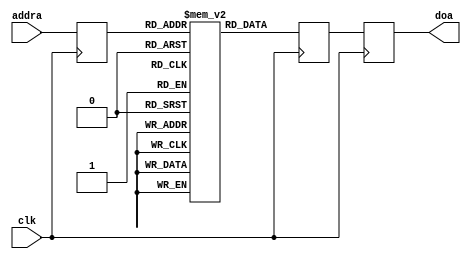

//     Licensed to the Apache Software Foundation (ASF) under one
// or more contributor license agreements.  See the NOTICE file
// distributed with this work for additional information
// regarding copyright ownership.  The ASF licenses this file
// to you under the Apache License, Version 2.0 (the
// "License"); you may not use this file except in compliance
// with the License.  You may obtain a copy of the License at
// 
//   http://www.apache.org/licenses/LICENSE-2.0
// 
// Unless required by applicable law or agreed to in writing,
// software distributed under the License is distributed on an
// "AS IS" BASIS, WITHOUT WARRANTIES OR CONDITIONS OF ANY
// KIND, either express or implied.  See the License for the
// specific language governing permissions and limitations
// under the License.  


/*****************************************************************************/
//
// Description : Implements a single port RAM with block ram. The ram is a fully
//               pipelined implementation -- 3 clock cycles from new read address
//               to new data                                                     
//
//
/*****************************************************************************/


module cic_M256_N1_R1_iw5_0_correction_sp_rom
(
  input clk, 

  input [8:0] addra,
  output [12:0] doa
);

(* rom_style = "block" *) reg [12:0] rom [511:0];
reg [8:0] addra_d;
reg [12:0] doa_d;
reg [12:0] rom_pipea;

assign doa = doa_d;

initial
begin
    rom[0] = 13'b0000100000000;
    rom[1] = 13'b0000100000000;
    rom[2] = 13'b0000010000000;
    rom[3] = 13'b0000001010101;
    rom[4] = 13'b0000001000000;
    rom[5] = 13'b0000000110011;
    rom[6] = 13'b0000000101011;
    rom[7] = 13'b0000000100101;
    rom[8] = 13'b0000000100000;
    rom[9] = 13'b0000000011100;
    rom[10] = 13'b0000000011010;
    rom[11] = 13'b0000000010111;
    rom[12] = 13'b0000000010101;
    rom[13] = 13'b0000000010100;
    rom[14] = 13'b0000000010010;
    rom[15] = 13'b0000000010001;
    rom[16] = 13'b0000000010000;
    rom[17] = 13'b0000000001111;
    rom[18] = 13'b0000000001110;
    rom[19] = 13'b0000000001101;
    rom[20] = 13'b0000000001101;
    rom[21] = 13'b0000000001100;
    rom[22] = 13'b0000000001100;
    rom[23] = 13'b0000000001011;
    rom[24] = 13'b0000000001011;
    rom[25] = 13'b0000000001010;
    rom[26] = 13'b0000000001010;
    rom[27] = 13'b0000000001001;
    rom[28] = 13'b0000000001001;
    rom[29] = 13'b0000000001001;
    rom[30] = 13'b0000000001001;
    rom[31] = 13'b0000000001000;
    rom[32] = 13'b0000000001000;
    rom[33] = 13'b0000000001000;
    rom[34] = 13'b0000000001000;
    rom[35] = 13'b0000000000111;
    rom[36] = 13'b0000000000111;
    rom[37] = 13'b0000000000111;
    rom[38] = 13'b0000000000111;
    rom[39] = 13'b0000000000111;
    rom[40] = 13'b0000000000110;
    rom[41] = 13'b0000000000110;
    rom[42] = 13'b0000000000110;
    rom[43] = 13'b0000000000110;
    rom[44] = 13'b0000000000110;
    rom[45] = 13'b0000000000110;
    rom[46] = 13'b0000000000110;
    rom[47] = 13'b0000000000101;
    rom[48] = 13'b0000000000101;
    rom[49] = 13'b0000000000101;
    rom[50] = 13'b0000000000101;
    rom[51] = 13'b0000000000101;
    rom[52] = 13'b0000000000101;
    rom[53] = 13'b0000000000101;
    rom[54] = 13'b0000000000101;
    rom[55] = 13'b0000000000101;
    rom[56] = 13'b0000000000101;
    rom[57] = 13'b0000000000100;
    rom[58] = 13'b0000000000100;
    rom[59] = 13'b0000000000100;
    rom[60] = 13'b0000000000100;
    rom[61] = 13'b0000000000100;
    rom[62] = 13'b0000000000100;
    rom[63] = 13'b0000000000100;
    rom[64] = 13'b0000000000100;
    rom[65] = 13'b0000000000100;
    rom[66] = 13'b0000000000100;
    rom[67] = 13'b0000000000100;
    rom[68] = 13'b0000000000100;
    rom[69] = 13'b0000000000100;
    rom[70] = 13'b0000000000100;
    rom[71] = 13'b0000000000100;
    rom[72] = 13'b0000000000100;
    rom[73] = 13'b0000000000100;
    rom[74] = 13'b0000000000011;
    rom[75] = 13'b0000000000011;
    rom[76] = 13'b0000000000011;
    rom[77] = 13'b0000000000011;
    rom[78] = 13'b0000000000011;
    rom[79] = 13'b0000000000011;
    rom[80] = 13'b0000000000011;
    rom[81] = 13'b0000000000011;
    rom[82] = 13'b0000000000011;
    rom[83] = 13'b0000000000011;
    rom[84] = 13'b0000000000011;
    rom[85] = 13'b0000000000011;
    rom[86] = 13'b0000000000011;
    rom[87] = 13'b0000000000011;
    rom[88] = 13'b0000000000011;
    rom[89] = 13'b0000000000011;
    rom[90] = 13'b0000000000011;
    rom[91] = 13'b0000000000011;
    rom[92] = 13'b0000000000011;
    rom[93] = 13'b0000000000011;
    rom[94] = 13'b0000000000011;
    rom[95] = 13'b0000000000011;
    rom[96] = 13'b0000000000011;
    rom[97] = 13'b0000000000011;
    rom[98] = 13'b0000000000011;
    rom[99] = 13'b0000000000011;
    rom[100] = 13'b0000000000011;
    rom[101] = 13'b0000000000011;
    rom[102] = 13'b0000000000011;
    rom[103] = 13'b0000000000010;
    rom[104] = 13'b0000000000010;
    rom[105] = 13'b0000000000010;
    rom[106] = 13'b0000000000010;
    rom[107] = 13'b0000000000010;
    rom[108] = 13'b0000000000010;
    rom[109] = 13'b0000000000010;
    rom[110] = 13'b0000000000010;
    rom[111] = 13'b0000000000010;
    rom[112] = 13'b0000000000010;
    rom[113] = 13'b0000000000010;
    rom[114] = 13'b0000000000010;
    rom[115] = 13'b0000000000010;
    rom[116] = 13'b0000000000010;
    rom[117] = 13'b0000000000010;
    rom[118] = 13'b0000000000010;
    rom[119] = 13'b0000000000010;
    rom[120] = 13'b0000000000010;
    rom[121] = 13'b0000000000010;
    rom[122] = 13'b0000000000010;
    rom[123] = 13'b0000000000010;
    rom[124] = 13'b0000000000010;
    rom[125] = 13'b0000000000010;
    rom[126] = 13'b0000000000010;
    rom[127] = 13'b0000000000010;
    rom[128] = 13'b0000000000010;
    rom[129] = 13'b0000000000010;
    rom[130] = 13'b0000000000010;
    rom[131] = 13'b0000000000010;
    rom[132] = 13'b0000000000010;
    rom[133] = 13'b0000000000010;
    rom[134] = 13'b0000000000010;
    rom[135] = 13'b0000000000010;
    rom[136] = 13'b0000000000010;
    rom[137] = 13'b0000000000010;
    rom[138] = 13'b0000000000010;
    rom[139] = 13'b0000000000010;
    rom[140] = 13'b0000000000010;
    rom[141] = 13'b0000000000010;
    rom[142] = 13'b0000000000010;
    rom[143] = 13'b0000000000010;
    rom[144] = 13'b0000000000010;
    rom[145] = 13'b0000000000010;
    rom[146] = 13'b0000000000010;
    rom[147] = 13'b0000000000010;
    rom[148] = 13'b0000000000010;
    rom[149] = 13'b0000000000010;
    rom[150] = 13'b0000000000010;
    rom[151] = 13'b0000000000010;
    rom[152] = 13'b0000000000010;
    rom[153] = 13'b0000000000010;
    rom[154] = 13'b0000000000010;
    rom[155] = 13'b0000000000010;
    rom[156] = 13'b0000000000010;
    rom[157] = 13'b0000000000010;
    rom[158] = 13'b0000000000010;
    rom[159] = 13'b0000000000010;
    rom[160] = 13'b0000000000010;
    rom[161] = 13'b0000000000010;
    rom[162] = 13'b0000000000010;
    rom[163] = 13'b0000000000010;
    rom[164] = 13'b0000000000010;
    rom[165] = 13'b0000000000010;
    rom[166] = 13'b0000000000010;
    rom[167] = 13'b0000000000010;
    rom[168] = 13'b0000000000010;
    rom[169] = 13'b0000000000010;
    rom[170] = 13'b0000000000010;
    rom[171] = 13'b0000000000001;
    rom[172] = 13'b0000000000001;
    rom[173] = 13'b0000000000001;
    rom[174] = 13'b0000000000001;
    rom[175] = 13'b0000000000001;
    rom[176] = 13'b0000000000001;
    rom[177] = 13'b0000000000001;
    rom[178] = 13'b0000000000001;
    rom[179] = 13'b0000000000001;
    rom[180] = 13'b0000000000001;
    rom[181] = 13'b0000000000001;
    rom[182] = 13'b0000000000001;
    rom[183] = 13'b0000000000001;
    rom[184] = 13'b0000000000001;
    rom[185] = 13'b0000000000001;
    rom[186] = 13'b0000000000001;
    rom[187] = 13'b0000000000001;
    rom[188] = 13'b0000000000001;
    rom[189] = 13'b0000000000001;
    rom[190] = 13'b0000000000001;
    rom[191] = 13'b0000000000001;
    rom[192] = 13'b0000000000001;
    rom[193] = 13'b0000000000001;
    rom[194] = 13'b0000000000001;
    rom[195] = 13'b0000000000001;
    rom[196] = 13'b0000000000001;
    rom[197] = 13'b0000000000001;
    rom[198] = 13'b0000000000001;
    rom[199] = 13'b0000000000001;
    rom[200] = 13'b0000000000001;
    rom[201] = 13'b0000000000001;
    rom[202] = 13'b0000000000001;
    rom[203] = 13'b0000000000001;
    rom[204] = 13'b0000000000001;
    rom[205] = 13'b0000000000001;
    rom[206] = 13'b0000000000001;
    rom[207] = 13'b0000000000001;
    rom[208] = 13'b0000000000001;
    rom[209] = 13'b0000000000001;
    rom[210] = 13'b0000000000001;
    rom[211] = 13'b0000000000001;
    rom[212] = 13'b0000000000001;
    rom[213] = 13'b0000000000001;
    rom[214] = 13'b0000000000001;
    rom[215] = 13'b0000000000001;
    rom[216] = 13'b0000000000001;
    rom[217] = 13'b0000000000001;
    rom[218] = 13'b0000000000001;
    rom[219] = 13'b0000000000001;
    rom[220] = 13'b0000000000001;
    rom[221] = 13'b0000000000001;
    rom[222] = 13'b0000000000001;
    rom[223] = 13'b0000000000001;
    rom[224] = 13'b0000000000001;
    rom[225] = 13'b0000000000001;
    rom[226] = 13'b0000000000001;
    rom[227] = 13'b0000000000001;
    rom[228] = 13'b0000000000001;
    rom[229] = 13'b0000000000001;
    rom[230] = 13'b0000000000001;
    rom[231] = 13'b0000000000001;
    rom[232] = 13'b0000000000001;
    rom[233] = 13'b0000000000001;
    rom[234] = 13'b0000000000001;
    rom[235] = 13'b0000000000001;
    rom[236] = 13'b0000000000001;
    rom[237] = 13'b0000000000001;
    rom[238] = 13'b0000000000001;
    rom[239] = 13'b0000000000001;
    rom[240] = 13'b0000000000001;
    rom[241] = 13'b0000000000001;
    rom[242] = 13'b0000000000001;
    rom[243] = 13'b0000000000001;
    rom[244] = 13'b0000000000001;
    rom[245] = 13'b0000000000001;
    rom[246] = 13'b0000000000001;
    rom[247] = 13'b0000000000001;
    rom[248] = 13'b0000000000001;
    rom[249] = 13'b0000000000001;
    rom[250] = 13'b0000000000001;
    rom[251] = 13'b0000000000001;
    rom[252] = 13'b0000000000001;
    rom[253] = 13'b0000000000001;
    rom[254] = 13'b0000000000001;
    rom[255] = 13'b0000000000001;
    rom[256] = 13'b0000000000001;
    rom[257] = 13'b0000000000000;
    rom[258] = 13'b0000000000000;
    rom[259] = 13'b0000000000000;
    rom[260] = 13'b0000000000000;
    rom[261] = 13'b0000000000000;
    rom[262] = 13'b0000000000000;
    rom[263] = 13'b0000000000000;
    rom[264] = 13'b0000000000000;
    rom[265] = 13'b0000000000000;
    rom[266] = 13'b0000000000000;
    rom[267] = 13'b0000000000000;
    rom[268] = 13'b0000000000000;
    rom[269] = 13'b0000000000000;
    rom[270] = 13'b0000000000000;
    rom[271] = 13'b0000000000000;
    rom[272] = 13'b0000000000000;
    rom[273] = 13'b0000000000000;
    rom[274] = 13'b0000000000000;
    rom[275] = 13'b0000000000000;
    rom[276] = 13'b0000000000000;
    rom[277] = 13'b0000000000000;
    rom[278] = 13'b0000000000000;
    rom[279] = 13'b0000000000000;
    rom[280] = 13'b0000000000000;
    rom[281] = 13'b0000000000000;
    rom[282] = 13'b0000000000000;
    rom[283] = 13'b0000000000000;
    rom[284] = 13'b0000000000000;
    rom[285] = 13'b0000000000000;
    rom[286] = 13'b0000000000000;
    rom[287] = 13'b0000000000000;
    rom[288] = 13'b0000000000000;
    rom[289] = 13'b0000000000000;
    rom[290] = 13'b0000000000000;
    rom[291] = 13'b0000000000000;
    rom[292] = 13'b0000000000000;
    rom[293] = 13'b0000000000000;
    rom[294] = 13'b0000000000000;
    rom[295] = 13'b0000000000000;
    rom[296] = 13'b0000000000000;
    rom[297] = 13'b0000000000000;
    rom[298] = 13'b0000000000000;
    rom[299] = 13'b0000000000000;
    rom[300] = 13'b0000000000000;
    rom[301] = 13'b0000000000000;
    rom[302] = 13'b0000000000000;
    rom[303] = 13'b0000000000000;
    rom[304] = 13'b0000000000000;
    rom[305] = 13'b0000000000000;
    rom[306] = 13'b0000000000000;
    rom[307] = 13'b0000000000000;
    rom[308] = 13'b0000000000000;
    rom[309] = 13'b0000000000000;
    rom[310] = 13'b0000000000000;
    rom[311] = 13'b0000000000000;
    rom[312] = 13'b0000000000000;
    rom[313] = 13'b0000000000000;
    rom[314] = 13'b0000000000000;
    rom[315] = 13'b0000000000000;
    rom[316] = 13'b0000000000000;
    rom[317] = 13'b0000000000000;
    rom[318] = 13'b0000000000000;
    rom[319] = 13'b0000000000000;
    rom[320] = 13'b0000000000000;
    rom[321] = 13'b0000000000000;
    rom[322] = 13'b0000000000000;
    rom[323] = 13'b0000000000000;
    rom[324] = 13'b0000000000000;
    rom[325] = 13'b0000000000000;
    rom[326] = 13'b0000000000000;
    rom[327] = 13'b0000000000000;
    rom[328] = 13'b0000000000000;
    rom[329] = 13'b0000000000000;
    rom[330] = 13'b0000000000000;
    rom[331] = 13'b0000000000000;
    rom[332] = 13'b0000000000000;
    rom[333] = 13'b0000000000000;
    rom[334] = 13'b0000000000000;
    rom[335] = 13'b0000000000000;
    rom[336] = 13'b0000000000000;
    rom[337] = 13'b0000000000000;
    rom[338] = 13'b0000000000000;
    rom[339] = 13'b0000000000000;
    rom[340] = 13'b0000000000000;
    rom[341] = 13'b0000000000000;
    rom[342] = 13'b0000000000000;
    rom[343] = 13'b0000000000000;
    rom[344] = 13'b0000000000000;
    rom[345] = 13'b0000000000000;
    rom[346] = 13'b0000000000000;
    rom[347] = 13'b0000000000000;
    rom[348] = 13'b0000000000000;
    rom[349] = 13'b0000000000000;
    rom[350] = 13'b0000000000000;
    rom[351] = 13'b0000000000000;
    rom[352] = 13'b0000000000000;
    rom[353] = 13'b0000000000000;
    rom[354] = 13'b0000000000000;
    rom[355] = 13'b0000000000000;
    rom[356] = 13'b0000000000000;
    rom[357] = 13'b0000000000000;
    rom[358] = 13'b0000000000000;
    rom[359] = 13'b0000000000000;
    rom[360] = 13'b0000000000000;
    rom[361] = 13'b0000000000000;
    rom[362] = 13'b0000000000000;
    rom[363] = 13'b0000000000000;
    rom[364] = 13'b0000000000000;
    rom[365] = 13'b0000000000000;
    rom[366] = 13'b0000000000000;
    rom[367] = 13'b0000000000000;
    rom[368] = 13'b0000000000000;
    rom[369] = 13'b0000000000000;
    rom[370] = 13'b0000000000000;
    rom[371] = 13'b0000000000000;
    rom[372] = 13'b0000000000000;
    rom[373] = 13'b0000000000000;
    rom[374] = 13'b0000000000000;
    rom[375] = 13'b0000000000000;
    rom[376] = 13'b0000000000000;
    rom[377] = 13'b0000000000000;
    rom[378] = 13'b0000000000000;
    rom[379] = 13'b0000000000000;
    rom[380] = 13'b0000000000000;
    rom[381] = 13'b0000000000000;
    rom[382] = 13'b0000000000000;
    rom[383] = 13'b0000000000000;
    rom[384] = 13'b0000000000000;
    rom[385] = 13'b0000000000000;
    rom[386] = 13'b0000000000000;
    rom[387] = 13'b0000000000000;
    rom[388] = 13'b0000000000000;
    rom[389] = 13'b0000000000000;
    rom[390] = 13'b0000000000000;
    rom[391] = 13'b0000000000000;
    rom[392] = 13'b0000000000000;
    rom[393] = 13'b0000000000000;
    rom[394] = 13'b0000000000000;
    rom[395] = 13'b0000000000000;
    rom[396] = 13'b0000000000000;
    rom[397] = 13'b0000000000000;
    rom[398] = 13'b0000000000000;
    rom[399] = 13'b0000000000000;
    rom[400] = 13'b0000000000000;
    rom[401] = 13'b0000000000000;
    rom[402] = 13'b0000000000000;
    rom[403] = 13'b0000000000000;
    rom[404] = 13'b0000000000000;
    rom[405] = 13'b0000000000000;
    rom[406] = 13'b0000000000000;
    rom[407] = 13'b0000000000000;
    rom[408] = 13'b0000000000000;
    rom[409] = 13'b0000000000000;
    rom[410] = 13'b0000000000000;
    rom[411] = 13'b0000000000000;
    rom[412] = 13'b0000000000000;
    rom[413] = 13'b0000000000000;
    rom[414] = 13'b0000000000000;
    rom[415] = 13'b0000000000000;
    rom[416] = 13'b0000000000000;
    rom[417] = 13'b0000000000000;
    rom[418] = 13'b0000000000000;
    rom[419] = 13'b0000000000000;
    rom[420] = 13'b0000000000000;
    rom[421] = 13'b0000000000000;
    rom[422] = 13'b0000000000000;
    rom[423] = 13'b0000000000000;
    rom[424] = 13'b0000000000000;
    rom[425] = 13'b0000000000000;
    rom[426] = 13'b0000000000000;
    rom[427] = 13'b0000000000000;
    rom[428] = 13'b0000000000000;
    rom[429] = 13'b0000000000000;
    rom[430] = 13'b0000000000000;
    rom[431] = 13'b0000000000000;
    rom[432] = 13'b0000000000000;
    rom[433] = 13'b0000000000000;
    rom[434] = 13'b0000000000000;
    rom[435] = 13'b0000000000000;
    rom[436] = 13'b0000000000000;
    rom[437] = 13'b0000000000000;
    rom[438] = 13'b0000000000000;
    rom[439] = 13'b0000000000000;
    rom[440] = 13'b0000000000000;
    rom[441] = 13'b0000000000000;
    rom[442] = 13'b0000000000000;
    rom[443] = 13'b0000000000000;
    rom[444] = 13'b0000000000000;
    rom[445] = 13'b0000000000000;
    rom[446] = 13'b0000000000000;
    rom[447] = 13'b0000000000000;
    rom[448] = 13'b0000000000000;
    rom[449] = 13'b0000000000000;
    rom[450] = 13'b0000000000000;
    rom[451] = 13'b0000000000000;
    rom[452] = 13'b0000000000000;
    rom[453] = 13'b0000000000000;
    rom[454] = 13'b0000000000000;
    rom[455] = 13'b0000000000000;
    rom[456] = 13'b0000000000000;
    rom[457] = 13'b0000000000000;
    rom[458] = 13'b0000000000000;
    rom[459] = 13'b0000000000000;
    rom[460] = 13'b0000000000000;
    rom[461] = 13'b0000000000000;
    rom[462] = 13'b0000000000000;
    rom[463] = 13'b0000000000000;
    rom[464] = 13'b0000000000000;
    rom[465] = 13'b0000000000000;
    rom[466] = 13'b0000000000000;
    rom[467] = 13'b0000000000000;
    rom[468] = 13'b0000000000000;
    rom[469] = 13'b0000000000000;
    rom[470] = 13'b0000000000000;
    rom[471] = 13'b0000000000000;
    rom[472] = 13'b0000000000000;
    rom[473] = 13'b0000000000000;
    rom[474] = 13'b0000000000000;
    rom[475] = 13'b0000000000000;
    rom[476] = 13'b0000000000000;
    rom[477] = 13'b0000000000000;
    rom[478] = 13'b0000000000000;
    rom[479] = 13'b0000000000000;
    rom[480] = 13'b0000000000000;
    rom[481] = 13'b0000000000000;
    rom[482] = 13'b0000000000000;
    rom[483] = 13'b0000000000000;
    rom[484] = 13'b0000000000000;
    rom[485] = 13'b0000000000000;
    rom[486] = 13'b0000000000000;
    rom[487] = 13'b0000000000000;
    rom[488] = 13'b0000000000000;
    rom[489] = 13'b0000000000000;
    rom[490] = 13'b0000000000000;
    rom[491] = 13'b0000000000000;
    rom[492] = 13'b0000000000000;
    rom[493] = 13'b0000000000000;
    rom[494] = 13'b0000000000000;
    rom[495] = 13'b0000000000000;
    rom[496] = 13'b0000000000000;
    rom[497] = 13'b0000000000000;
    rom[498] = 13'b0000000000000;
    rom[499] = 13'b0000000000000;
    rom[500] = 13'b0000000000000;
    rom[501] = 13'b0000000000000;
    rom[502] = 13'b0000000000000;
    rom[503] = 13'b0000000000000;
    rom[504] = 13'b0000000000000;
    rom[505] = 13'b0000000000000;
    rom[506] = 13'b0000000000000;
    rom[507] = 13'b0000000000000;
    rom[508] = 13'b0000000000000;
    rom[509] = 13'b0000000000000;
    rom[510] = 13'b0000000000000;
    rom[511] = 13'b0000000000000;
end

// port a
always @(posedge clk)
begin
    addra_d <= addra;
    rom_pipea <= rom[addra_d];
    doa_d <= rom_pipea;
end

endmodule